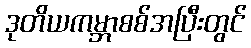
ဒုတိယကမ္ဘာစစ်အပြီးတွင်